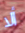
ألا